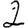
Digit: 2